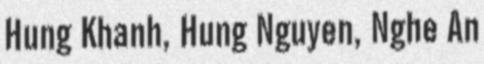
Hung Khanh, Hung Nguyen, Nghe An